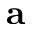
\mathbf { a }